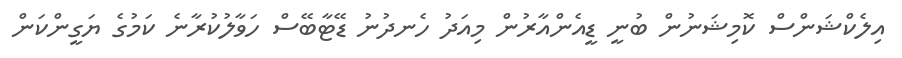
އިލެކްޝަންސް ކޮމިޝަނުން ބުނީ ޑީއެންއާރުން މިއަދު ހެނދުނު ޑޭޓާބޭސް ހަވާލުކުރާނެ ކަމުގެ ޔަގީންކަން